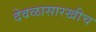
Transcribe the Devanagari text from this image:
देवळासारखीच